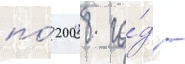
по́ 2008 го́д -